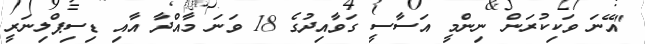
"އޭނަ ވަކިކުރަން ނިންމީ އަސާސީ ގަވާއިދުގެ 18 ވަނަ މާއްދާ އާއި ޑިސިޕްލިނަރީ